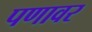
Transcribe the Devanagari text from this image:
पणावर